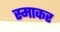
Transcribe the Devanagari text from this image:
स्‍माकर